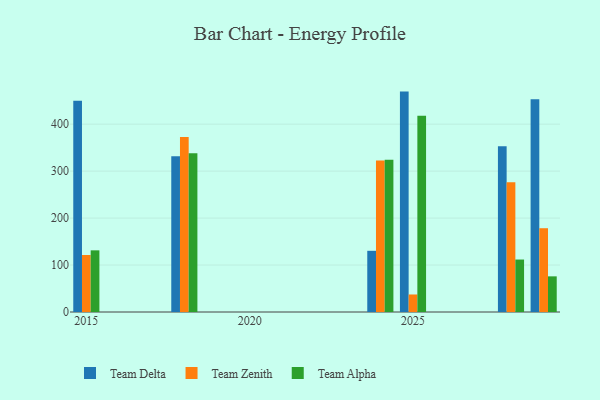
{"axis": {"x": "Year", "y": "Conversion Rate (%)"}, "legend": ["Team Alpha", "Team Delta", "Team Zenith"], "data": [{"x": "2025", "y": 469.3, "type": "Team Delta"}, {"x": "2025", "y": 37.3, "type": "Team Zenith"}, {"x": "2025", "y": 417.7, "type": "Team Alpha"}, {"x": "2028", "y": 352.9, "type": "Team Delta"}, {"x": "2028", "y": 276.2, "type": "Team Zenith"}, {"x": "2028", "y": 111.7, "type": "Team Alpha"}, {"x": "2029", "y": 452.9, "type": "Team Delta"}, {"x": "2029", "y": 178.4, "type": "Team Zenith"}, {"x": "2029", "y": 75.9, "type": "Team Alpha"}, {"x": "2024", "y": 130.3, "type": "Team Delta"}, {"x": "2024", "y": 322.6, "type": "Team Zenith"}, {"x": "2024", "y": 324.0, "type": "Team Alpha"}, {"x": "2015", "y": 449.7, "type": "Team Delta"}, {"x": "2015", "y": 121.4, "type": "Team Zenith"}, {"x": "2015", "y": 131.3, "type": "Team Alpha"}, {"x": "2018", "y": 331.9, "type": "Team Delta"}, {"x": "2018", "y": 372.7, "type": "Team Zenith"}, {"x": "2018", "y": 338.2, "type": "Team Alpha"}]}